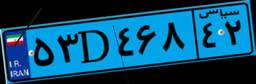
۴۵D۴۸۱۲۳